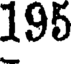
195